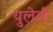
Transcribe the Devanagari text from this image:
युलेवी